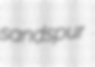
sandspur